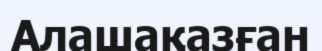
Алашақазған